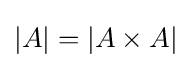
|A|=|A\times A|